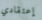
إعتقادي